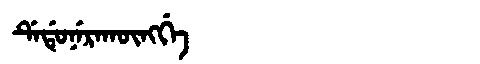
Manchu: ᡩᡝᡩᡠᠨᡝᡵᠠᡴᡡᠩᡤᡝ
Romanization: DEDUNERAKŪNGGE